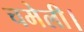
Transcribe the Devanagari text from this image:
चमेली।